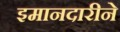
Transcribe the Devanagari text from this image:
इमानदारीने